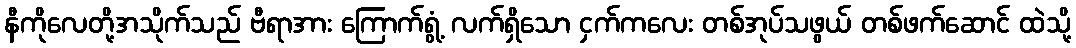
နီကိုလေတို့အသိုက်သည် ဗီရာအား ကြောက်ရွံ့ လက်ရှိသော ငှက်ကလေး တစ်အုပ်သဖွယ် တစ်ဖက်ဆောင် ထဲသို့